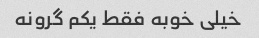
خیلی خوبه فقط یکم گرونه